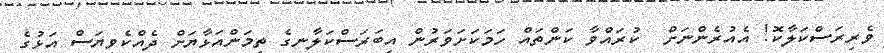
ވެރިރަސްކަލާކޮ! އެއުރެންނަށް  ކުރައްވާ ކަންތައް ހަމަކަށަވަރުން އިބަރަސްކަލާނގެ ތިމަންއަޅާޔަށް ދެއްކެވިޔަސް އަޅުގެ